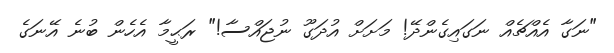
"ނަގާ އެއްޗެއް ނަގައިގެންދޭ! މަށަށް އުދަގޫ ނުޖައްސާ!" ރަޙީމާ އެހެން ބުނެ އޭނަގެ